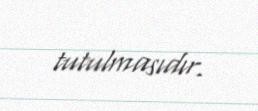
tutulmasıdır.